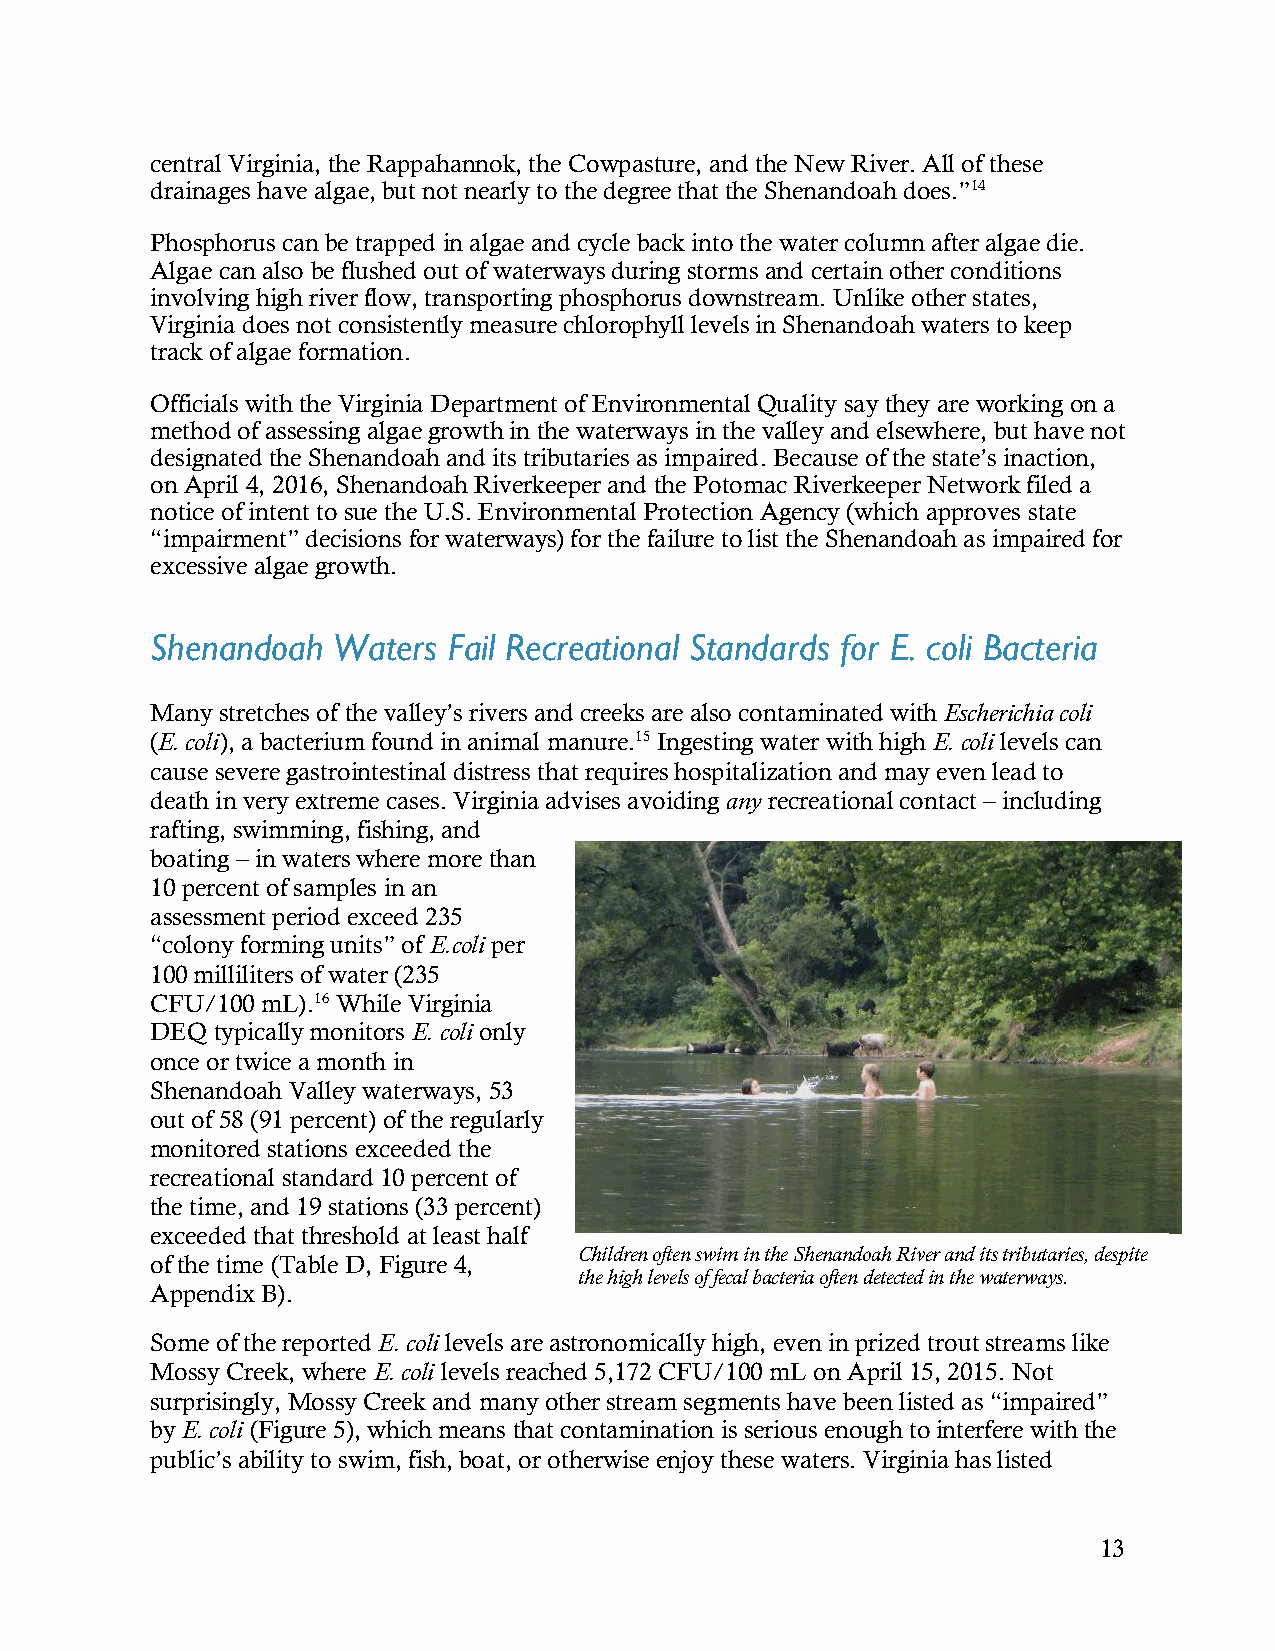
central Virginia, the Rappahannok, the Cowpasture, and the New River. All of these
 drainages have algae, but not nearly to the degree that the Shenandoah does.”14
 Phosphorus can be trapped in algae and cycle back into the water column after algae die.
 Algae can also be flushed out of waterways during storms and certain other conditions
 involving high river flow, transporting phosphorus downstream. Unlike other states,
 Virginia does not consistently measure chlorophyll levels in Shenandoah waters to keep
 track of algae formation.
 Officials with the Virginia Department of Environmental Quality say they are working on a
 method of assessing algae growth in the waterways in the valley and elsewhere, but have not
 designated the Shenandoah and its tributaries as impaired. Because of the state’s inaction,
 on April 4, 2016, Shenandoah Riverkeeper and the Potomac Riverkeeper Network filed a
 notice of intent to sue the U.S. Environmental Protection Agency (which approves state
 “impairment” decisions for waterways) for the failure to list the Shenandoah as impaired for
 excessive algae growth.
 Shenandoah  Waters  Fail Recreational Standards for E. coli Bacteria
 Many stretches of the valley’s rivers and creeks are also contaminated with Escherichia coli
 (E. coli), a bacterium found in animal manure.15 Ingesting water with high E. coli levels can
 cause severe gastrointestinal distress that requires hospitalization and may even lead to
 death in very extreme cases. Virginia advises avoiding any recreational contact – including
 rafting, swimming, fishing, and
 boating – in waters where more than
 10 percent of samples in an
 assessment period exceed 235
 “colony forming units” of E.coli per
 100 milliliters of water (235
 CFU/100 mL).16 While Virginia
 DEQ typically monitors E. coli only
 once or twice a month in
 Shenandoah Valley waterways, 53
 out of 58 (91 percent) of the regularly
 monitored stations exceeded the
 recreational standard 10 percent of
 the time, and 19 stations (33 percent)
 exceeded that threshold at least half
 Children often swim in the Shenandoah River and its tributaries, despite
 of the time (Table D, Figure 4,
 the high levels of fecal bacteria often detected in the waterways.
 Appendix B).
 Some of the reported E. coli levels are astronomically high, even in prized trout streams like
 Mossy Creek, where E. coli levels reached 5,172 CFU/100 mL on April 15, 2015. Not
 surprisingly, Mossy Creek and many other stream segments have been listed as “impaired”
 by E. coli (Figure 5), which means that contamination is serious enough to interfere with the
 public’s ability to swim, fish, boat, or otherwise enjoy these waters. Virginia has listed
 13